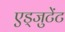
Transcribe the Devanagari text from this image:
एड्जुटेंट